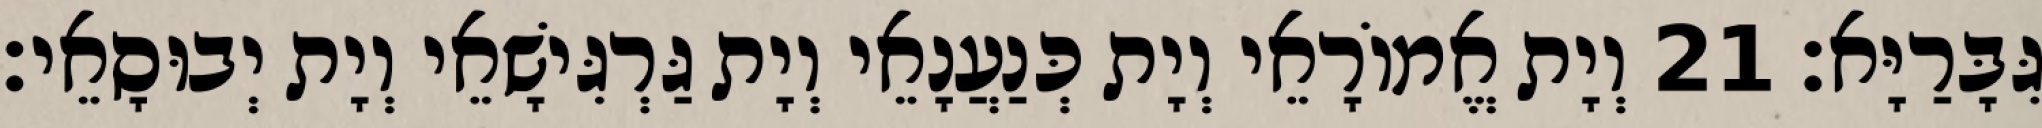
גִּבָּרַיָּא׃ 21 וְיָת אֱמוֹרָאֵי וְיָת כְּנַעֲנָאֵי וְיָת גַּרְגִּישָׁאֵי וְיָת יְבוּסָאֵי׃